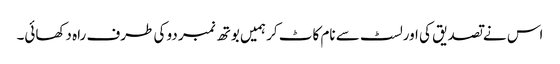
اس نے تصدیق کی اورلسٹ سے نام کاٹ کر ہمیں بوتھ نمبر دو کی طرف راہ دکھائی۔